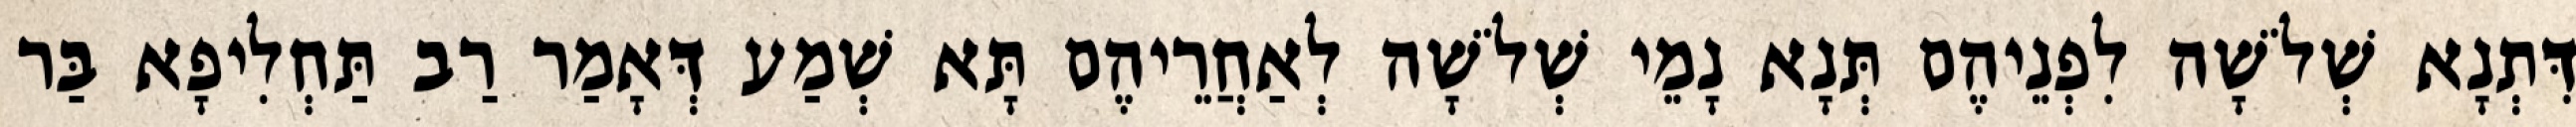
דִּתְנָא שְׁלֹשָׁה לִפְנֵיהֶם תְּנָא נָמֵי שְׁלֹשָׁה לְאַחֲרֵיהֶם תָּא שְׁמַע דְּאָמַר רַב תַּחְלִיפָא בַּר